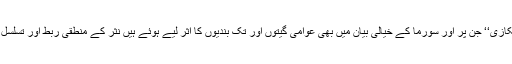
چند نثری قصے ’’پودستی‘‘ اور ’’رسکازی‘‘ جن پر اور سورما کے خیالی بیان میں بھی عوامی گیتوں اور تک بندیوں کا اثر لیے ہوئے ہیں نثر کے منطقی ربط اور تسلسل کی ادھوری کامیابی کا پتہ دیتے ہیں۔